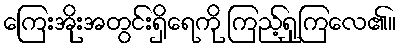
ကြေးအိုးအတွင်းရှိရေကို ကြည့်ရှုကြလေ၏။